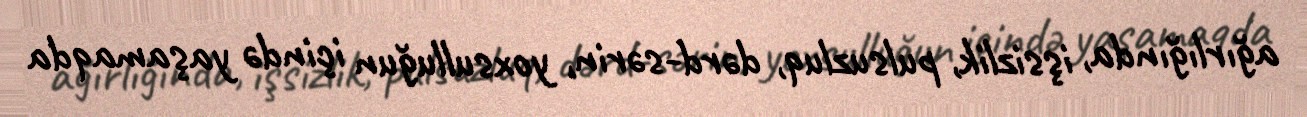
ağırlığında, işsizlik, pulsuzluq, dərd-sərin, yoxsulluğun içində yaşamaqda